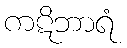
ကဋိဘာရံ